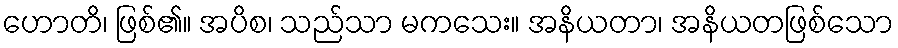
ဟောတိ၊ ဖြစ်၏။ အပိစ၊ သည်သာ မကသေး။ အနိယတာ၊ အနိယတဖြစ်သော